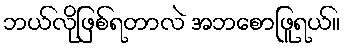
ဘယ်လိုဖြစ်ရတာလဲ အဘစောဖြူရယ်။